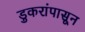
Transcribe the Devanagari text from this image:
डुकरांपासून